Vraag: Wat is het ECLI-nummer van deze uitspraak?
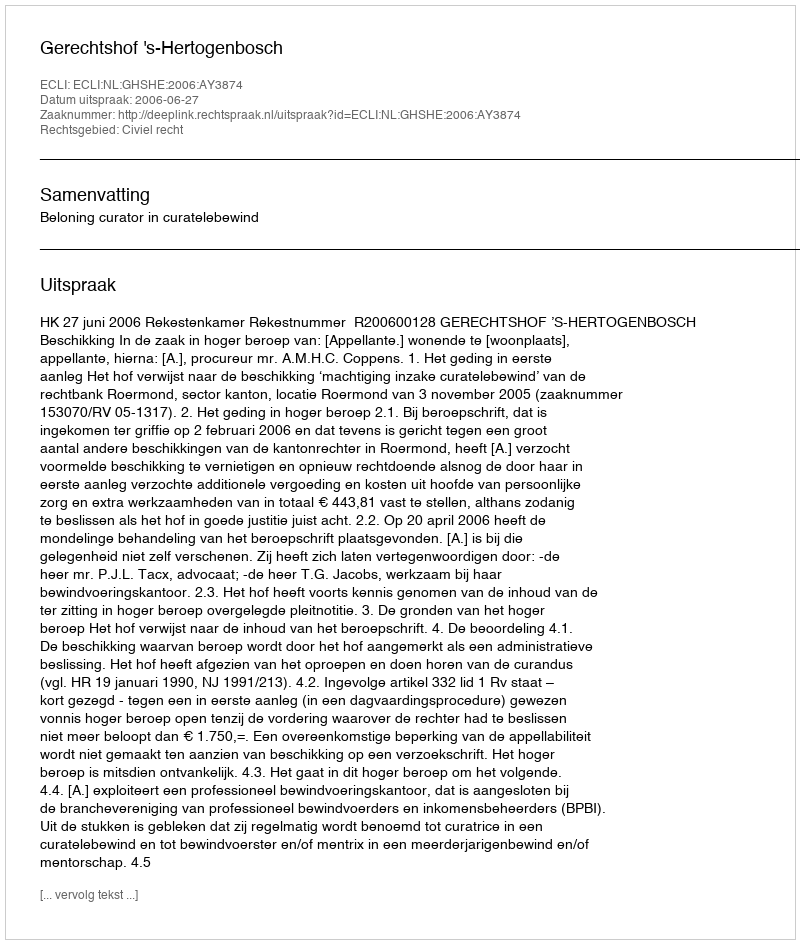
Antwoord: ECLI:NL:GHSHE:2006:AY3874